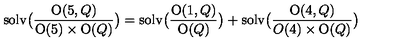
\mathrm { s o l v } \bigl ( { \frac { \mathrm { O } ( 5 , Q ) } { \mathrm { O } ( 5 ) \times \mathrm { O } ( Q ) } } \bigr ) = \mathrm { s o l v } \bigl ( { \frac { \mathrm { O } ( 1 , Q ) } { \mathrm { O } ( Q ) } } \bigr ) + \mathrm { s o l v } \bigl ( { \frac { \mathrm { O } ( 4 , Q ) } { O ( 4 ) \times \mathrm { O } ( Q ) } } \bigr )